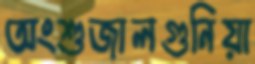
অংশুজালগুনিয়া